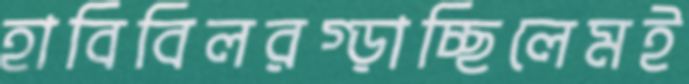
হাবিবিলরগ্‌ড়াচ্ছিলেমই